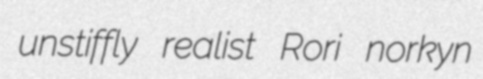
unstiffly realist Rori norkyn